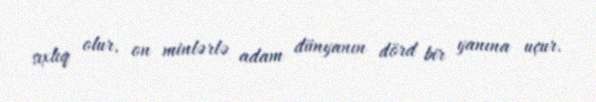
sıxlıq olur, on minlərlə adam dünyanın dörd bir yanına uçur.